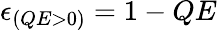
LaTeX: \epsilon_{(QE>0)}=1-QE